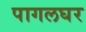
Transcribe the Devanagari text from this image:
पागलघर